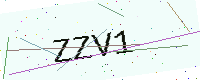
Text: ZZV1